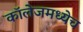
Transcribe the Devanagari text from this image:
कॉलेजमध्येच